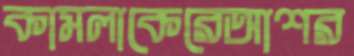
কামলাকেরেআশর